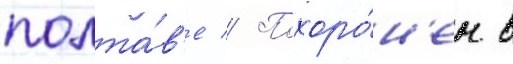
полта́в'е // Похоро́н'ен в